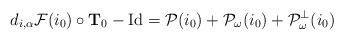
LaTeX: \begin{align*}d_{i, \alpha} {\cal F}(i_0) \circ {\bf T}_0 - {\rm Id} = {\cal P} (i_0) + {\cal P}_\omega (i_0) + {\cal P}_\omega^\bot (i_0)\end{align*}